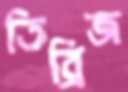
তিব্রিজ